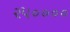
૨૫૦૦૦૦